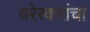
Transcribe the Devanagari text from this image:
वरेरकरांचा